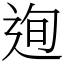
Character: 迿